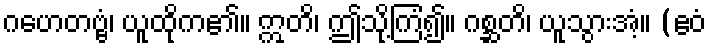
ဂဟေတဗ္ဗံ၊ ယူထိုက၏။ ဣတိ၊ ဤသို့ကြံ၍။ ဂစ္ဆတိ၊ ယူသွားအံ့။ (ဧဝံ